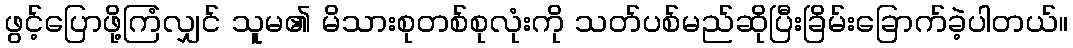
ဖွင့်ပြောဖို့ကြံလျှင် သူမ၏ မိသားစုတစ်စုလုံးကို သတ်ပစ်မည်ဆိုပြီးခြိမ်းခြောက်ခဲ့ပါတယ်။